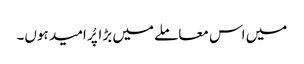
میں اس معاملے میں بڑا پُر امید ہوں۔